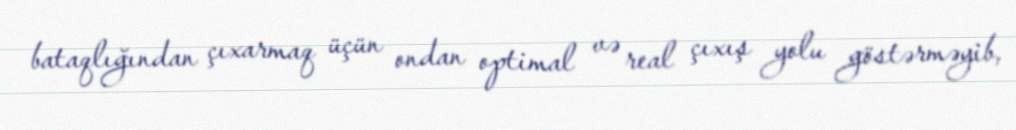
bataqlığından çıxarmaq üçün ondan optimal və real çıxış yolu göstərməyib,